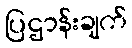
ပြဌာန်းချက်